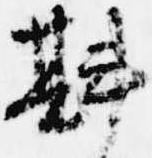
斟